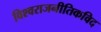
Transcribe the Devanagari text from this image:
विश्वराजनीतिकविद